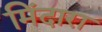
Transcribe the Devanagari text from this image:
मिंदारा